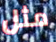
مثل